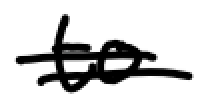
Text: to
Cross-out: double-line
Writing tool: digital_black